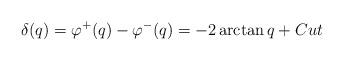
LaTeX: \begin{align*}\delta (q)=\varphi ^{+}(q)-\varphi ^{-}(q)=-2\arctan q+Cut\end{align*}